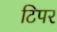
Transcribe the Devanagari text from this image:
टिपर